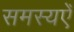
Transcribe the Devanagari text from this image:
समस्यएँ